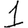
Digit: 1